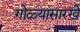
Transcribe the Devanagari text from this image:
गोळ्यांसारखे